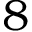
8